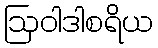
ဩဝါဒါစရိယ